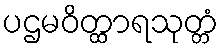
ပဌမဝိတ္ထာရသုတ္တံ